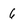
Character: 6